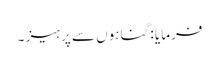
فرمایا : گناہوں سے پرہیز ۔